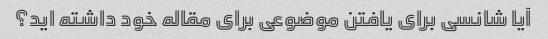
آیا شانسی برای یافتن موضوعی برای مقاله خود داشته اید؟